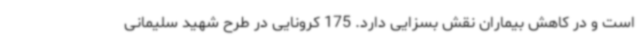
است و در کاهش بیماران نقش بسزایی دارد. 175 کرونایی در طرح شهید سلیمانی